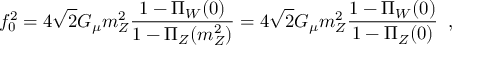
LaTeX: f _ { 0 } ^ { 2 } = 4 \sqrt { 2 } G _ { \mu } m _ { Z } ^ { 2 } \frac { 1 - \Pi _ { W } ( 0 ) } { 1 - \Pi _ { Z } ( m _ { Z } ^ { 2 } ) } = 4 \sqrt { 2 } G _ { \mu } m _ { Z } ^ { 2 } \frac { 1 - \Pi _ { W } ( 0 ) } { 1 - \Pi _ { Z } ( 0 ) } \; \; ,